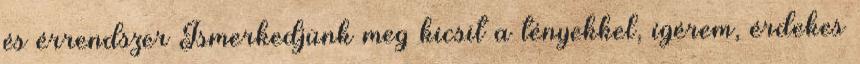
és érrendszer Ismerkedjünk meg kicsit a tényekkel, ígérem, érdekes